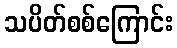
သပိတ်စစ်ကြောင်း